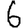
Digit: 6